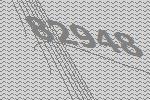
82948